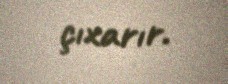
çıxarır.